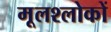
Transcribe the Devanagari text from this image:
मूलश्लोकों